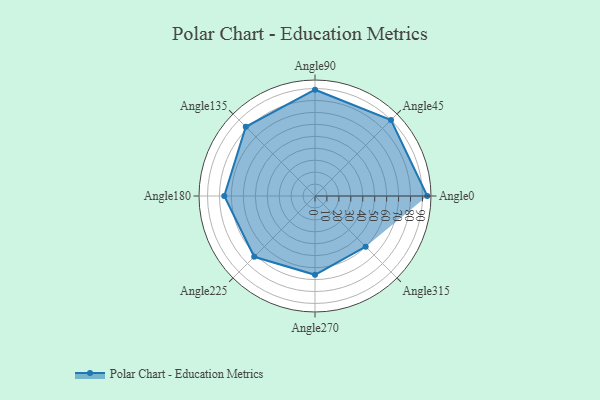
{"axis": {"x": "Angle", "y": "Radius"}, "legend": [""], "data": [{"x": "Angle0", "y": 94.0, "type": ""}, {"x": "Angle45", "y": 90.0, "type": ""}, {"x": "Angle90", "y": 89.0, "type": ""}, {"x": "Angle135", "y": 82.0, "type": ""}, {"x": "Angle180", "y": 76.0, "type": ""}, {"x": "Angle225", "y": 72.0, "type": ""}, {"x": "Angle270", "y": 66.0, "type": ""}, {"x": "Angle315", "y": 60.0, "type": ""}]}